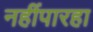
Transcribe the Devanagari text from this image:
नहींपारहा